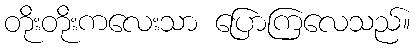
တိုးတိုးကလေးသာ ပြောကြလေသည်။